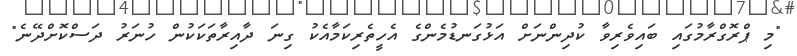
"މި ޕްރޮގްރާމުގައި ބައިވެރިވާ ކުދިންނަށް އަޅުގަނޑުމެންގެ އެހީތެރިކަމާއެކު ގިނަ ދާއިރާތަކަކުން ހުނަރު ދަސްކޮށްދޭނެ"